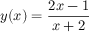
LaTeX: y ( x ) = { \frac { 2 x - 1 } { x + 2 } }